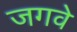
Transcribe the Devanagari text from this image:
जगवे